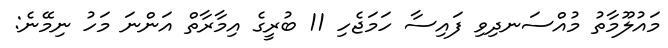
މައުލޫމާތު މުއްސަނދިވި ފައިސާ ހަމަޖެހި 11 ބުރީގެ އިމާރާތް އަންނަ މަހު ނިމޭނެ: